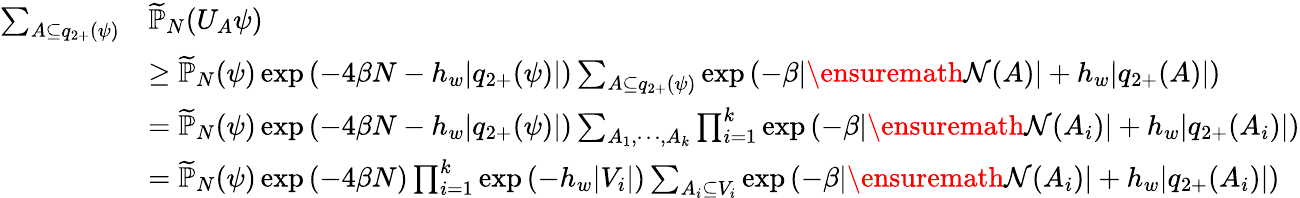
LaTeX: \begin{array}{rl}{\sum_{A\subseteq q_{2+}(\psi)}}&{\widetilde{\mathbb{P}}_{N}(U_{A}\psi)}\\ &{\ge\widetilde{\mathbb{P}}_{N}(\psi)\exp\left(-4\beta N-h_{w}\vert q_{2+}(\psi)\vert\right)\sum_{A\subseteq q_{2+}(\psi)}\exp\left(-\beta\vert{\ensuremath{\mathcal N}}(A)\vert+h_{w}\vert q_{2+}(A)\vert\right)}\\ &{=\widetilde{\mathbb{P}}_{N}(\psi)\exp\left(-4\beta N-h_{w}\vert q_{2+}(\psi)\vert\right)\sum_{A_{1},\cdots,A_{k}}\prod_{i=1}^{k}\exp\left(-\beta\vert{\ensuremath{\mathcal N}}(A_{i})\vert+h_{w}\vert q_{2+}(A_{i})\vert\right)}\\ &{=\widetilde{\mathbb{P}}_{N}(\psi)\exp\left(-4\beta N\right)\prod_{i=1}^{k}\exp\left(-h_{w}\vert V_{i}\vert\right)\sum_{A_{i}\subseteq V_{i}}\exp\left(-\beta\vert{\ensuremath{\mathcal N}}(A_{i})\vert+h_{w}\vert q_{2+}(A_{i})\vert\right)}\end{array}